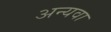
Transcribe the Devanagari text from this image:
अन्यवा